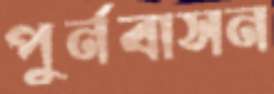
পুর্নবাসন